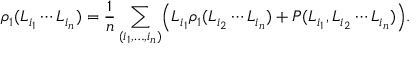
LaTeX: \rho _ { 1 } ( L _ { i _ { 1 } } \cdots L _ { i _ { n } } ) = { \frac { 1 } { n } } \sum _ { ( i _ { 1 } , \ldots , i _ { n } ) } \Bigl ( L _ { i _ { 1 } } \rho _ { 1 } ( L _ { i _ { 2 } } \cdots L _ { i _ { n } } ) + P ( L _ { i _ { 1 } } , L _ { i _ { 2 } } \cdots L _ { i _ { n } } ) \Bigr ) .